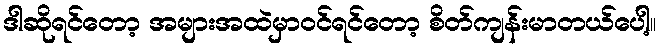
ဒါဆိုရင်တော့ အများအထဲမှာဝင်ရင်တော့ စိတ်ကျန်းမာတယ်ပေါ့။